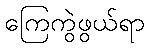
ကြေကွဲဖွယ်ရာ